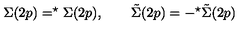
\Sigma ( 2 p ) = ^ { \star } \Sigma ( 2 p ) , \qquad \tilde { \Sigma } ( 2 p ) = - ^ { \star } \tilde { \Sigma } ( 2 p )